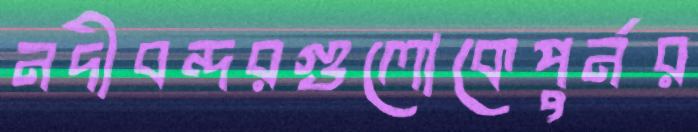
নদীবন্দরগুলোকেপুর্নর